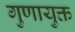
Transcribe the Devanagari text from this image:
गुणायुक्त